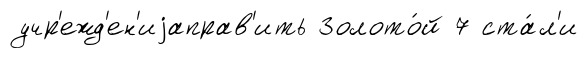
учр'ежд'ен'иjаправ'ить Золото́й 7 ста́л'и